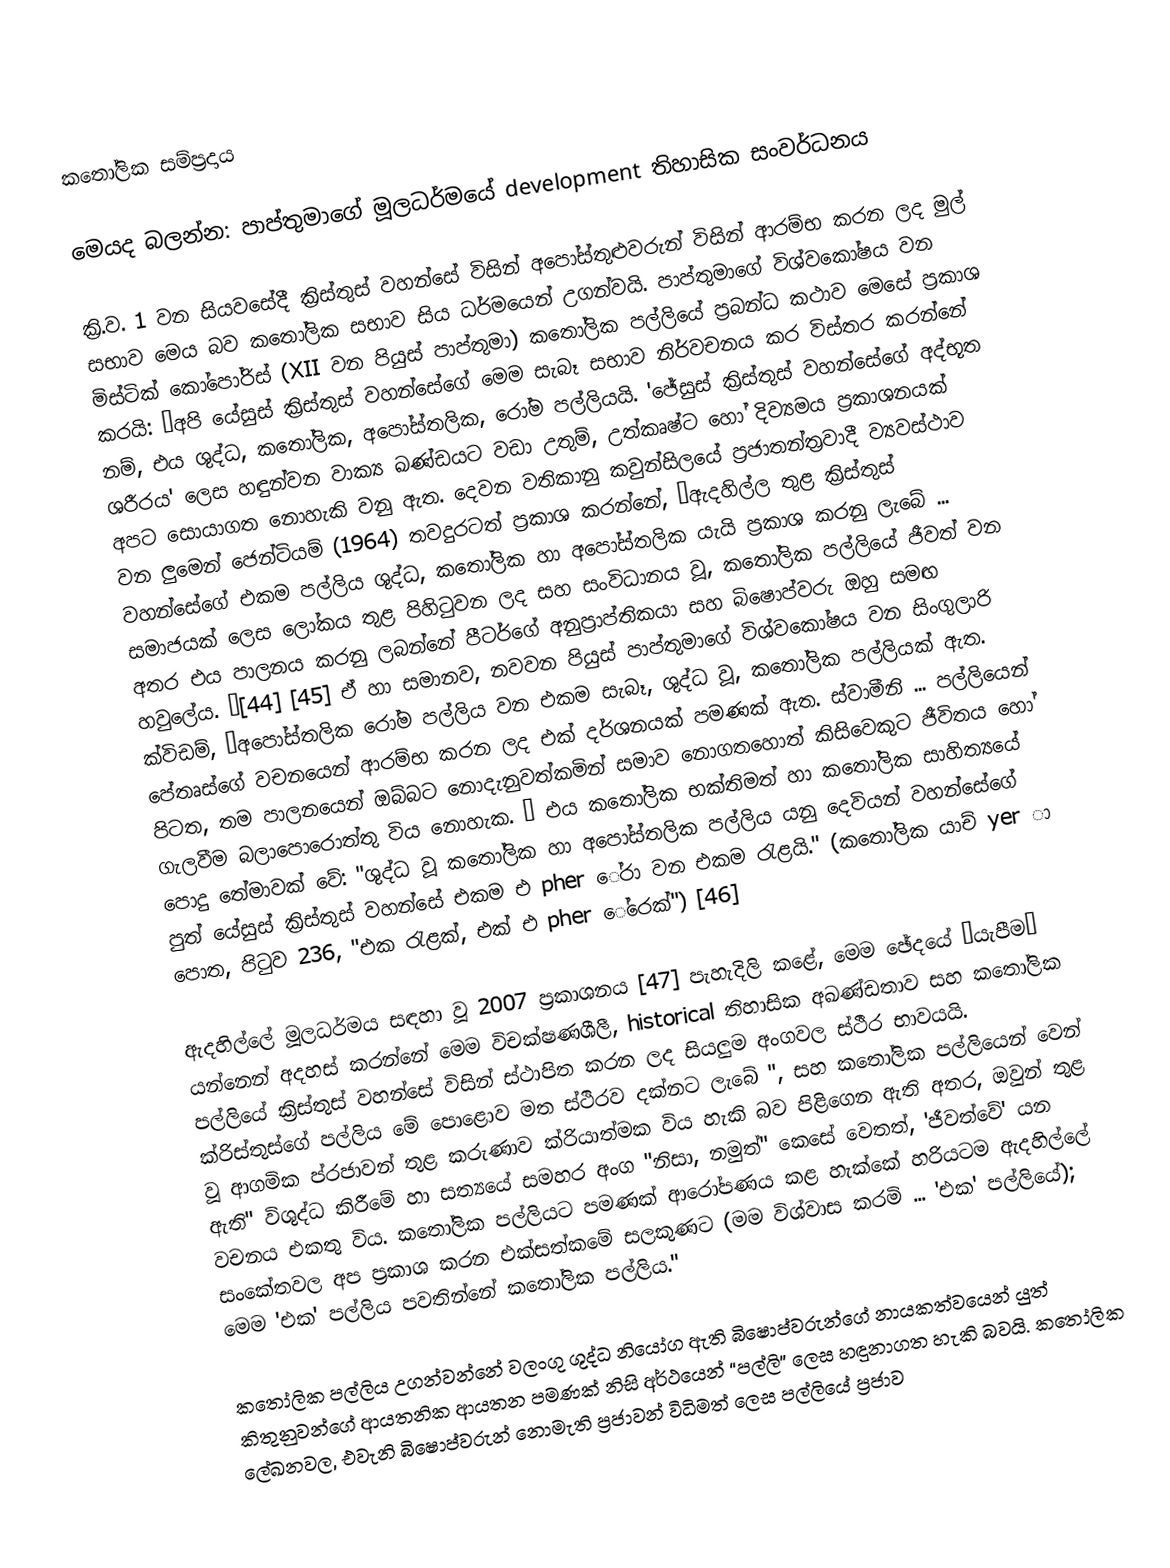
කතෝලික සම්ප්‍රදාය

මෙයද බලන්න: පාප්තුමාගේ මූලධර්මයේ development තිහාසික සංවර්ධනය

ක්‍රි.ව. 1 වන සියවසේදී ක්‍රිස්තුස් වහන්සේ විසින් අපෝස්තුළුවරුන් විසින් ආරම්භ කරන ලද මුල් සභාව මෙය බව කතෝලික සභාව සිය ධර්මයෙන් උගන්වයි. පාප්තුමාගේ විශ්වකෝෂය වන මිස්ටික් කෝපෝරිස් (XII වන පියුස් පාප්තුමා) කතෝලික පල්ලියේ ප්‍රබන්ධ කථාව මෙසේ ප්‍රකාශ කරයි: “අපි යේසුස් ක්‍රිස්තුස් වහන්සේගේ මෙම සැබෑ සභාව නිර්වචනය කර විස්තර කරන්නේ නම්, එය ශුද්ධ, කතෝලික, අපෝස්තලික, රෝම පල්ලියයි. 'ජේසුස් ක්‍රිස්තුස් වහන්සේගේ අද්භූත ශරීරය' ලෙස හඳුන්වන වාක්‍ය ඛණ්ඩයට වඩා උතුම්, උත්කෘෂ්ට හෝ දිව්‍යමය ප්‍රකාශනයක් අපට සොයාගත නොහැකි වනු ඇත. දෙවන වතිකානු කවුන්සිලයේ ප්‍රජාතන්ත්‍රවාදී ව්‍යවස්ථාව වන ලුමෙන් ජෙන්ටියම් (1964) තවදුරටත් ප්‍රකාශ කරන්නේ, “ඇදහිල්ල තුළ ක්‍රිස්තුස් වහන්සේගේ එකම පල්ලිය ශුද්ධ, කතෝලික හා අපෝස්තලික යැයි ප්‍රකාශ කරනු ලැබේ ... සමාජයක් ලෙස ලෝකය තුළ පිහිටුවන ලද සහ සංවිධානය වූ, කතෝලික පල්ලියේ ජීවත් වන අතර එය පාලනය කරනු ලබන්නේ පීටර්ගේ අනුප්‍රාප්තිකයා සහ බිෂොප්වරු ඔහු සමඟ හවුලේය. ”[44] [45] ඒ හා සමානව, නවවන පියුස් පාප්තුමාගේ විශ්වකෝෂය වන සිංගුලාරි ක්විඩම්, “අපෝස්තලික රෝම පල්ලිය වන එකම සැබෑ, ශුද්ධ වූ, කතෝලික පල්ලියක් ඇත. පේතෘස්ගේ වචනයෙන් ආරම්භ කරන ලද එක් දර්ශනයක් පමණක් ඇත. ස්වාමීනි ... පල්ලියෙන් පිටත, තම පාලනයෙන් ඔබ්බට නොදැනුවත්කමින් සමාව නොගතහොත් කිසිවෙකුට ජීවිතය හෝ ගැලවීම බලාපොරොත්තු විය නොහැක. ” එය කතෝලික භක්තිමත් හා කතෝලික සාහිත්‍යයේ පොදු තේමාවක් වේ: "ශුද්ධ වූ කතෝලික හා අපෝස්තලික පල්ලිය යනු දෙවියන් වහන්සේගේ පුත් යේසුස් ක්‍රිස්තුස් වහන්සේ එකම එ pher ේරා වන එකම රැළයි." (කතෝලික යාච් yer ා පොත, පිටුව 236, "එක රැළක්, එක් එ pher ේරෙක්") [46]

ඇදහිල්ලේ මූලධර්මය සඳහා වූ 2007 ප්‍රකාශනය [47] පැහැදිලි කළේ, මෙම ඡේදයේ “යැපීම” යන්නෙන් අදහස් කරන්නේ මෙම විචක්ෂණශීලී, historical තිහාසික අඛණ්ඩතාව සහ කතෝලික පල්ලියේ ක්‍රිස්තුස් වහන්සේ විසින් ස්ථාපිත කරන ලද සියලුම අංගවල ස්ථීර භාවයයි. ක්රිස්තුස්ගේ පල්ලිය මේ පොළොව මත ස්ථිරව දක්නට ලැබේ ", සහ කතෝලික පල්ලියෙන් වෙන් වූ ආගමික ප්රජාවන් තුළ කරුණාව ක්රියාත්මක විය හැකි බව පිළිගෙන ඇති අතර, ඔවුන් තුළ ඇති" විශුද්ධ කිරීමේ හා සත්‍යයේ සමහර අංග "නිසා, නමුත්" කෙසේ වෙතත්, 'ජීවත්වේ' යන වචනය එකතු විය. කතෝලික පල්ලියට පමණක් ආරෝපණය කළ හැක්කේ හරියටම ඇදහිල්ලේ සංකේතවල අප ප්‍රකාශ කරන එක්සත්කමේ සලකුණට (මම විශ්වාස කරමි ... 'එක' පල්ලියේ); මෙම 'එක' පල්ලිය පවතින්නේ කතෝලික පල්ලිය."

කතෝලික පල්ලිය උගන්වන්නේ වලංගු ශුද්ධ නියෝග ඇති බිෂොප්වරුන්ගේ නායකත්වයෙන් යුත් කිතුනුවන්ගේ ආයතනික ආයතන පමණක් නිසි අර්ථයෙන් “පල්ලි” ලෙස හඳුනාගත හැකි බවයි. කතෝලික ලේඛනවල, එවැනි බිෂොප්වරුන් නොමැති ප්‍රජාවන් විධිමත් ලෙස පල්ලියේ ප්‍රජාව